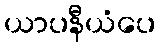
ယာပနီယံပေ